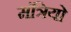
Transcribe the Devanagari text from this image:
मंत्रियो